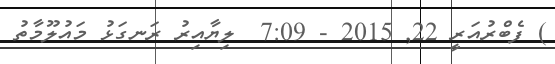
) ފެބްރުއަރީ 22